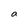
Character: a